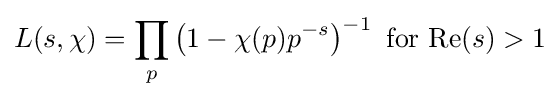
L(s,\chi )=\prod _{p}\left(1-\chi (p)p^{-s}\right)^{-1}{\text{ for }}{\text{Re}}(s)>1